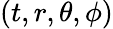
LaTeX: (t,r,\theta,\phi)